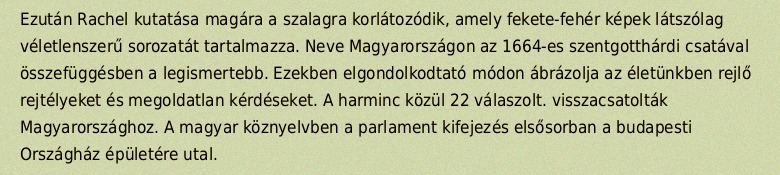
Ezután Rachel kutatása magára a szalagra korlátozódik, amely fekete-fehér képek látszólag véletlenszerű sorozatát tartalmazza. Neve Magyarországon az 1664-es szentgotthárdi csatával összefüggésben a legismertebb. Ezekben elgondolkodtató módon ábrázolja az életünkben rejlő rejtélyeket és megoldatlan kérdéseket. A harminc közül 22 válaszolt. visszacsatolták Magyarországhoz. A magyar köznyelvben a parlament kifejezés elsősorban a budapesti Országház épületére utal.